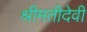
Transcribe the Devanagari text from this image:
श्रीमतीदेवी